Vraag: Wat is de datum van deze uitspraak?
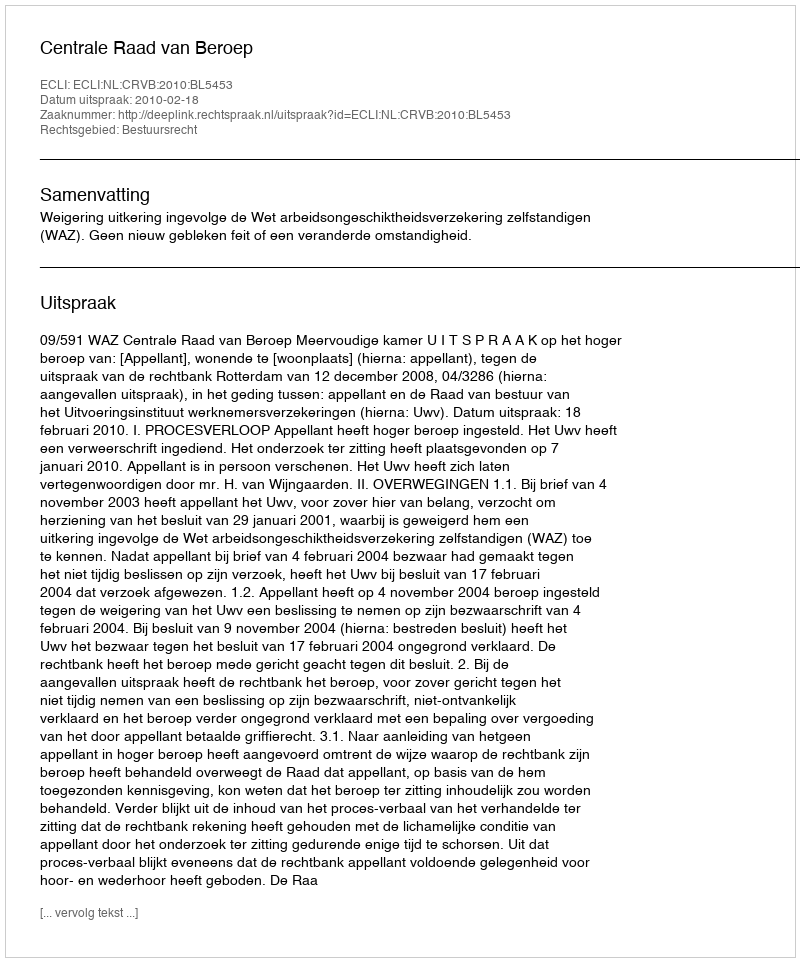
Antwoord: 2010-02-18